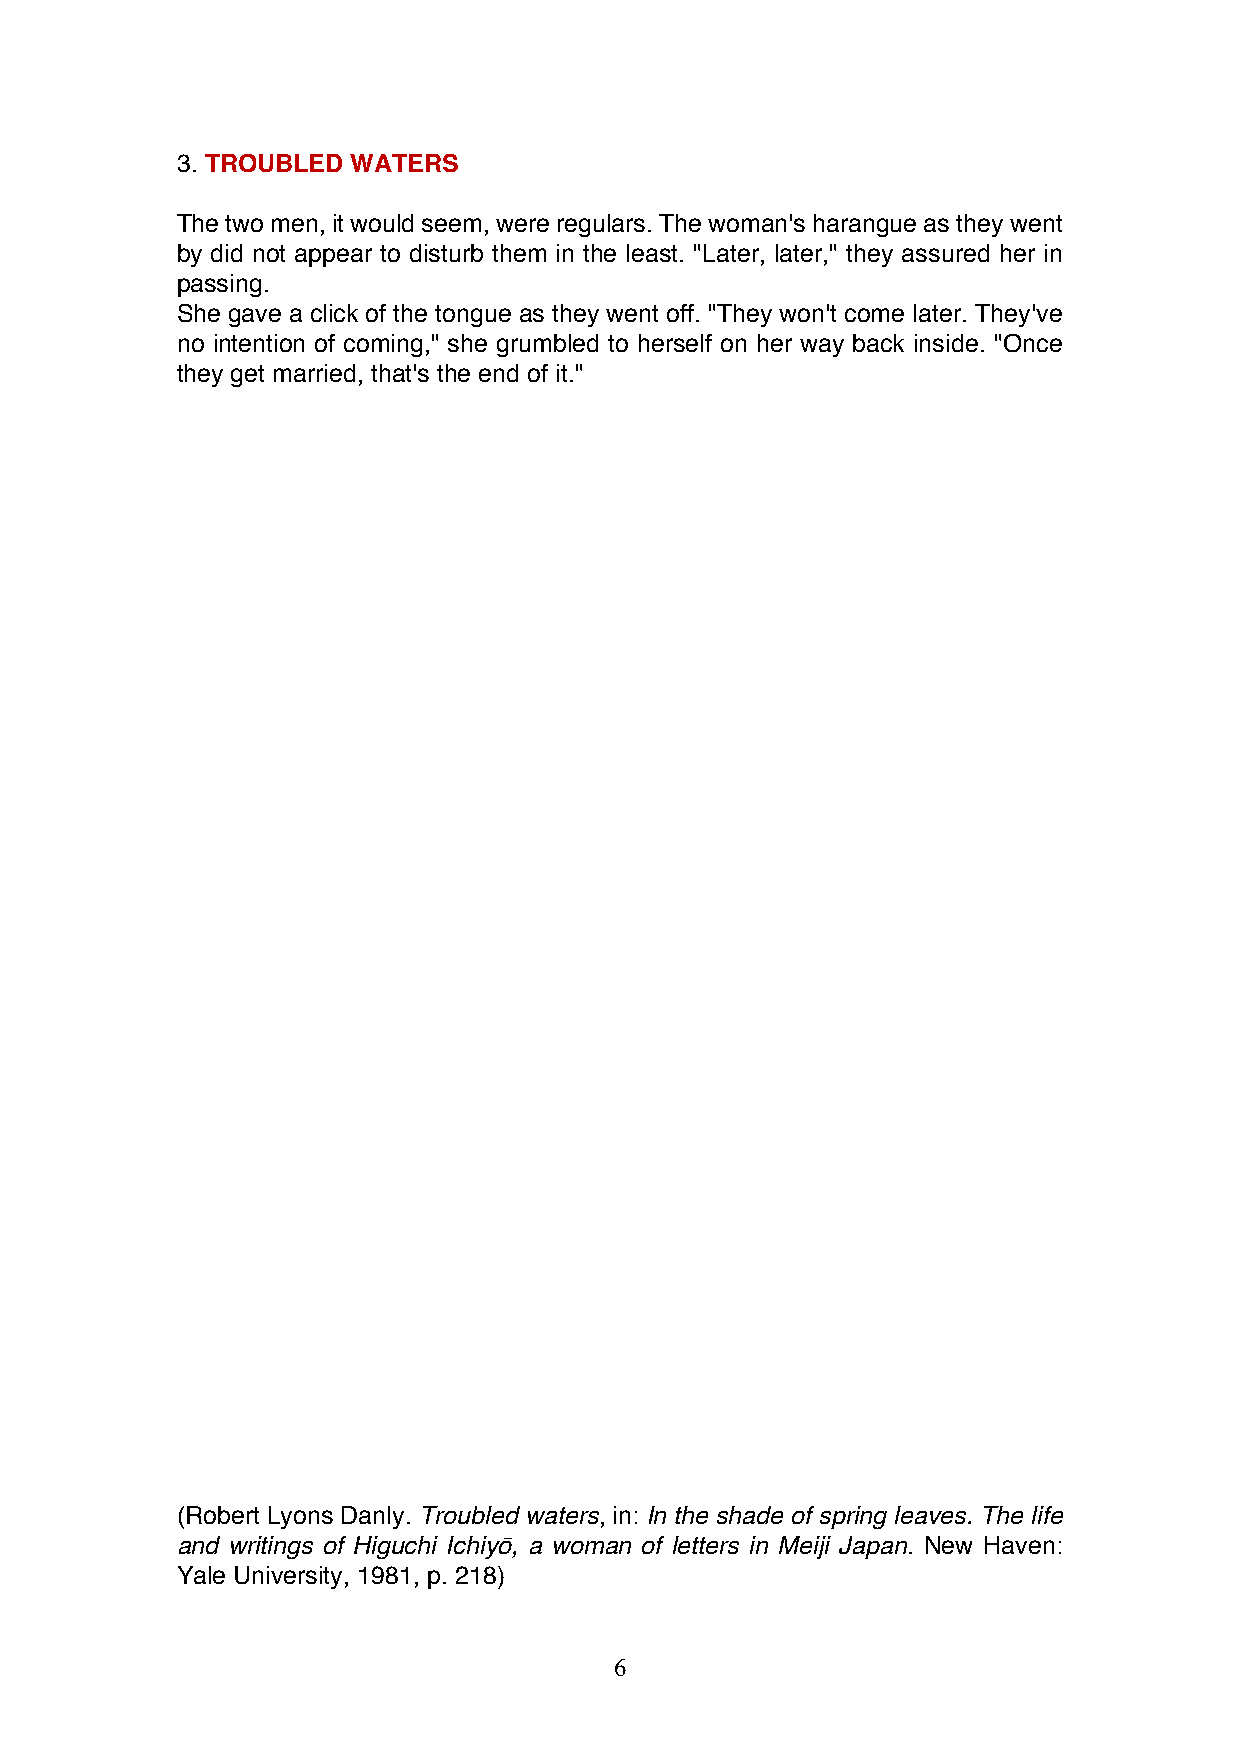
3. TROUBLED WATERS
 The two men, it would seem, were regulars. The woman's harangue as they went
 by did not appear to disturb them in the least. "Later, later," they assured her in
 passing.
 She gave a click of the tongue as they went off. "They won't come later. They've
 no intention of coming," she grumbled to herself on her way back inside. "Once
 they get married, that's the end of it."
 (Robert Lyons Danly. Troubled waters, in: In the shade of spring leaves. The life
 and writings of Higuchi Ichiyō, a woman of letters in Meiji Japan. New Haven:
 Yale University, 1981, p. 218)
 6